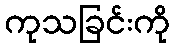
ကုသခြင်းကို